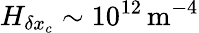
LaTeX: H_{\delta x_{c}}\sim 10^{12}\, \mathrm{m^{-4}}